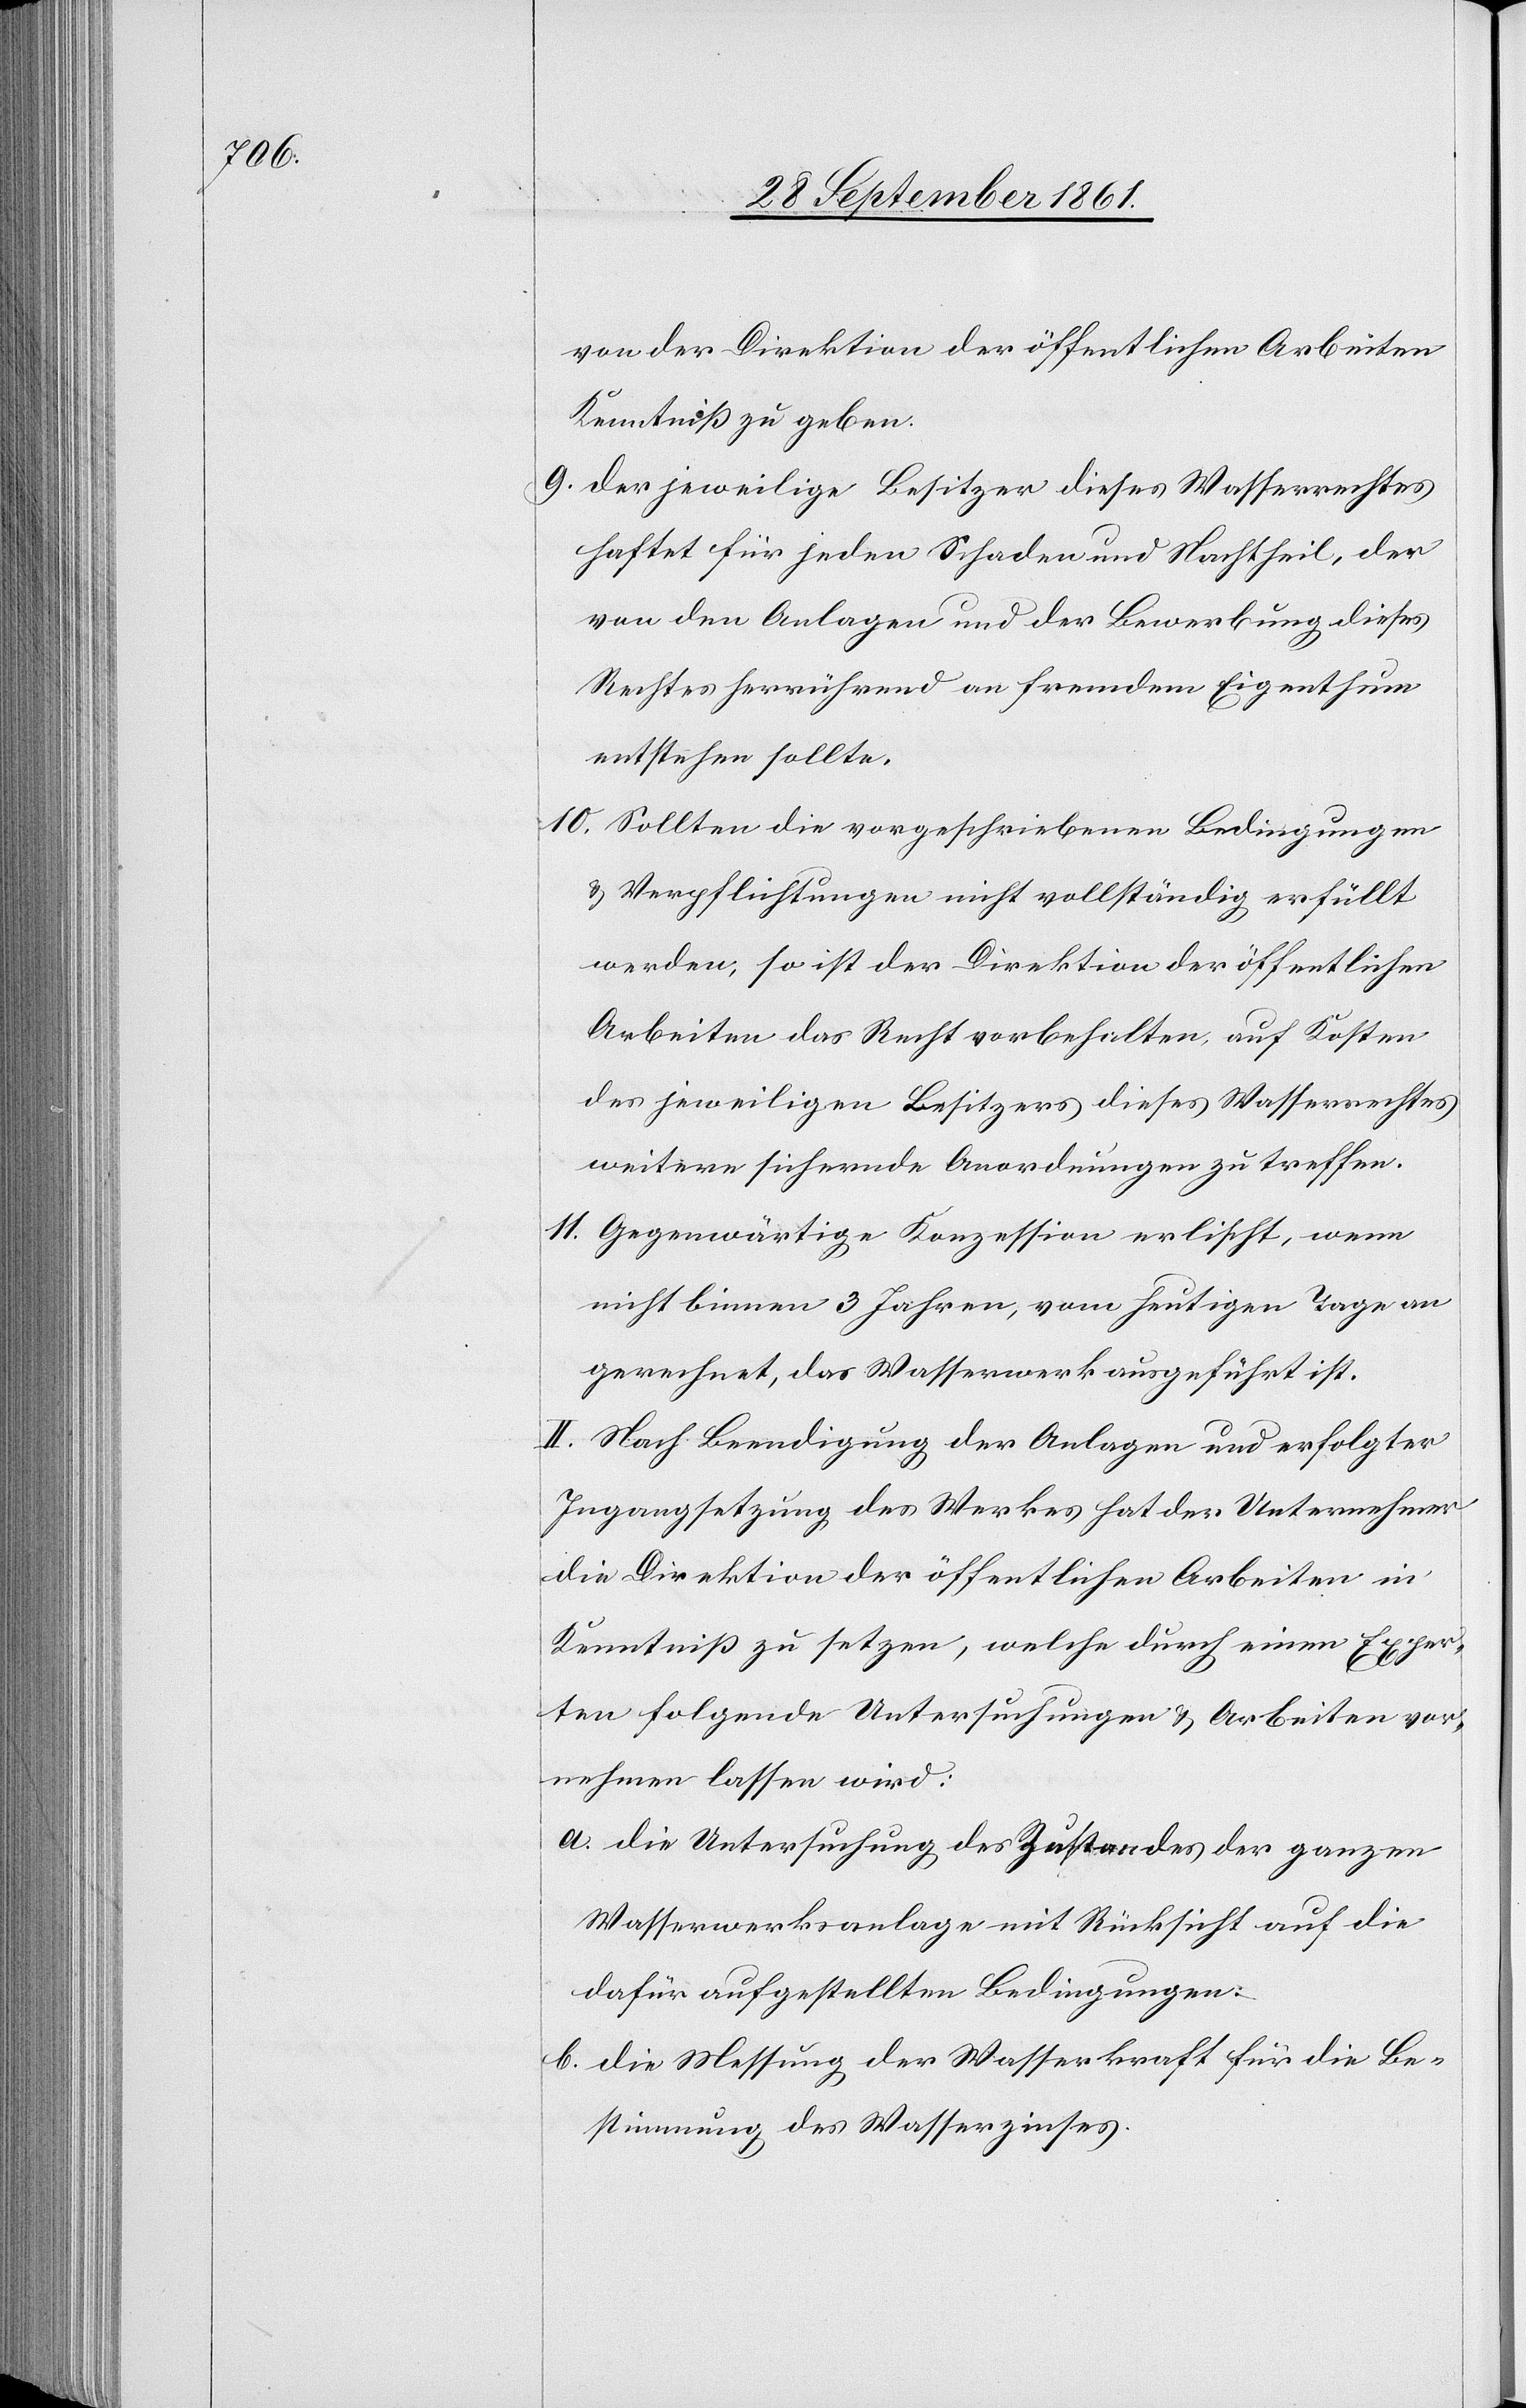
von der Direktion der öffentlichen Arbeiten
Kenntniß zu geben.
9. Der jeweilige Besitzer dieses Wasserrechtes
haftet für jeden Schaden und Nachtheil, der
von den Anlagen und der Bewerbung dieses
Rechtes herrührend an fremdem Eigenthum
entstehen sollte.
10. Sollten die vorgeschriebenen Bedingungen
u. Verpflichtungen nicht vollständig erfüllt
werden, so ist der Direktion der öffentlichen
Arbeiten das Recht vorbehalten, auf Kosten
des jeweiligen Besitzers dieses Wasserrechtes
weitere sichernde Anordnungen zu treffen.
11. Gegenwärtige Konzession erlischt, wenn
nicht binnen 3 Jahren, vom heutigen Tage an
gerechnet, das Wasserwerk ausgeführt ist.
II. Nach Beendigung der Anlagen und erfolgter
Ingangsetzung des Werkes hat der Unternehmer
die Direktion der öffentlichen Arbeiten in
Kenntniß zu setzen, welche durch einen Exper¬
ten folgende Untersuchungen u. Arbeiten vor¬
nehmen lassen wird:
a. die Untersuchung des Zustandes der ganzen
Wasserwerksanlage mit Rücksicht auf die
dafür aufgestellten Bedingungen.
b. die Messung der Wasserkraft für die Be¬
stimmung des Wasserzinses.